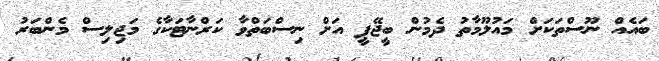
ބައެއް ނޫސްތަކަށް މައުލޫމާތު ދެމުން ބީޖޭޕީ އަށް ނިސްބަތްވާ ކަރްނާޓަކާގެ މަޖިލިސް މެންބަރު